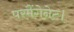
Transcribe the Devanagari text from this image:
परमैंगेनेट।